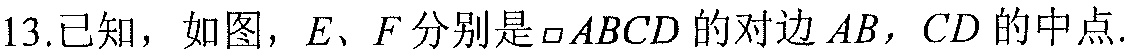
13.已知，如图，\(E\)、\(F\)分别是\(\square ABCD\)的对边\(AB\)，\(CD\)的中点.